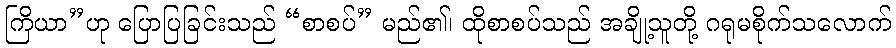
ကြိယာ”ဟု ပြောပြခြင်းသည် “စာစပ်” မည်၏၊ ထိုစာစပ်သည် အချို့သူတို့ ဂရုမစိုက်သလောက်